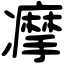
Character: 𠘚